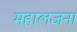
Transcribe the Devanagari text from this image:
महालजना